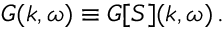
G ( \boldsymbol { k } , \omega ) \equiv { G } [ S ] ( \boldsymbol { k } , \omega ) \, .